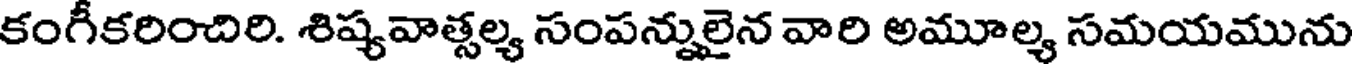
కంగీకరించిరి. శిష్యవాత్సల్య సంపన్నులైన వారి అమూల్య సమయమును